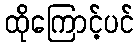
ထိုကြောင့်ပင်